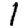
Digit: 1